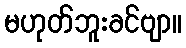
မဟုတ်ဘူးခင်ဗျာ။